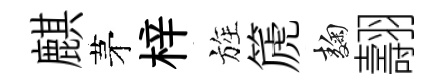
麒茅梓旌篪麹翿